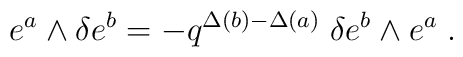
e^a\wedge \delta e^b=-q^{\Delta(b) -\Delta(a)} \;\delta e^b\wedge e^a \;.